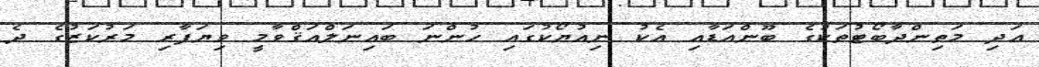
އަދި މަތިންދާބޯޓުތަކުގެ ބޫންއަޑާއި އެކު ނިއުޔޯކުގައި ހުންނަ ބައިނަލްއަޤްވާމީ ވިޔަފާރި މަރުކަޒުގެ ދެ